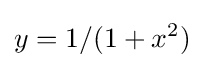
y=1/(1+x^{2})